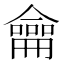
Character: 龠